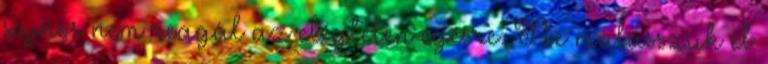
sajnos nem reagál az elégtelen égésre. Ne mulasszuk el